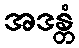
အဒန္တံ